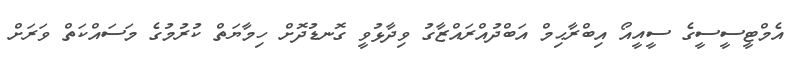
އެމްޓީސީސީގެ ސީއީއޯ އިބްރާޙިމް އަބްދުއްރައްޒާގު ވިދާޅުވީ ގޮނޑުދޮށް ހިމާޔަތް ކުރުމުގެ މަސައްކަތް ވަރަށް